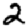
Digit: 2